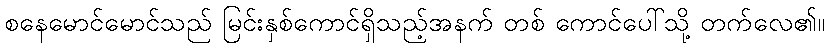
စနေမောင်မောင်သည် မြင်းနှစ်ကောင်ရှိသည့်အနက် တစ် ကောင်ပေါ်သို့ တက်လေ၏။